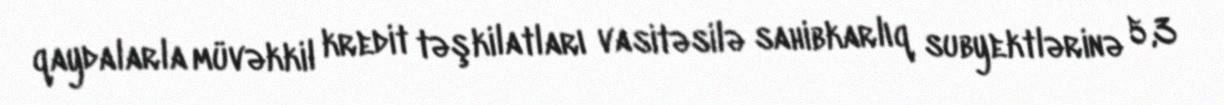
qaydalarla müvəkkil kredit təşkilatları vasitəsilə sahibkarlıq subyektlərinə 5,3